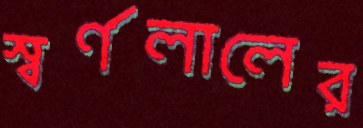
স্বর্ণলালের